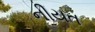
નીયત